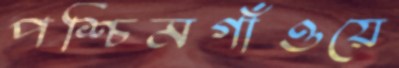
পশ্চিমগাঁওয়ে